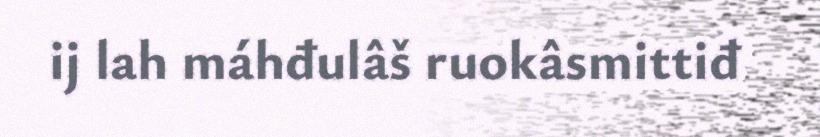
ij lah máhđulâš ruokâsmittiđ